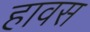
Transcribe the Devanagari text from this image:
हावस